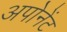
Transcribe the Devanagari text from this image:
अपोनेंट